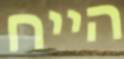
הייח